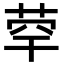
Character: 𦯼